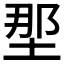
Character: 𫭹